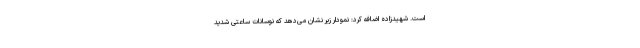
است. شهیدزاده اضافه کرد: نمودار زیر نشان می‌دهد که نوسانات ساعتی شدید